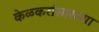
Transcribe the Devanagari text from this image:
केळकरांसारख्या